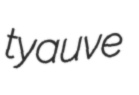
tyauve